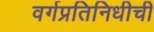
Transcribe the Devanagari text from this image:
वर्गप्रतिनिधीची